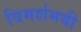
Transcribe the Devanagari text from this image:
विमर्शमयी